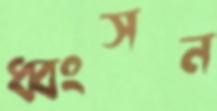
ধ্বংসন